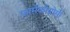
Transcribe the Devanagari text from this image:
फ़ार्मेकोग्नोसी